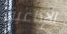
الإذاعية